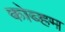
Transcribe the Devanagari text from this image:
कोब्हम